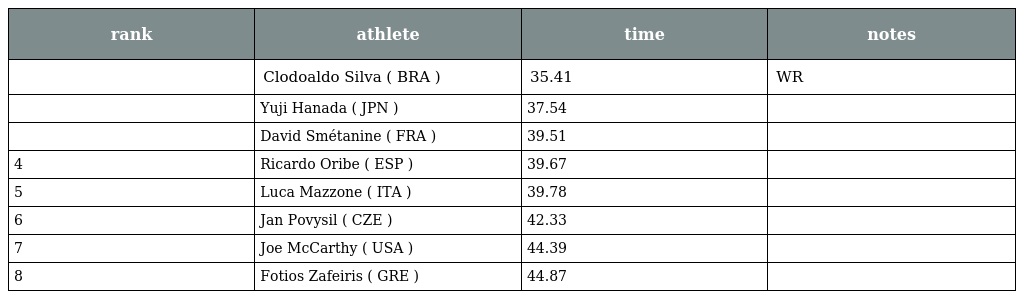
| rank | athlete | time | notes |
 | --- | --- | --- | --- |
 |  | Clodoaldo Silva ( BRA ) | 35.41 | WR |
 |  | Yuji Hanada ( JPN ) | 37.54 |  |
 |  | David Smétanine ( FRA ) | 39.51 |  |
 | 4 | Ricardo Oribe ( ESP ) | 39.67 |  |
 | 5 | Luca Mazzone ( ITA ) | 39.78 |  |
 | 6 | Jan Povysil ( CZE ) | 42.33 |  |
 | 7 | Joe McCarthy ( USA ) | 44.39 |  |
 | 8 | Fotios Zafeiris ( GRE ) | 44.87 |  |